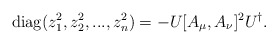
\begin{align*}{\rm diag}(z_1^2,z_2^2,...,z_n^2)=-U[A_\mu,A_\nu]^2U^\dagger.\end{align*}